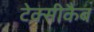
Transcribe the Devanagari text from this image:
टेक्सीकैब